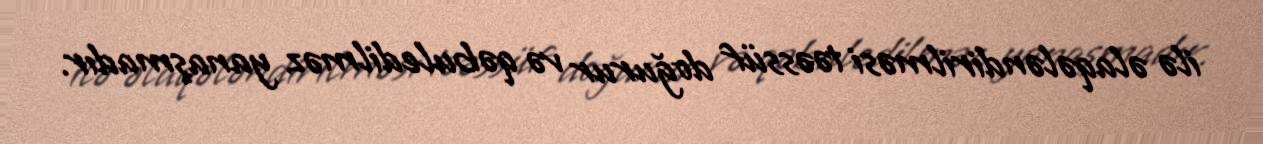
ilə əlaqələndirilməsi təəssüf doğurur və qəbuledilməz yanaşmadır.